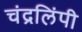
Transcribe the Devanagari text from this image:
चंद्रलिंपी